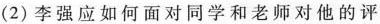
(2)李强应如何面对同学和老师对他的评